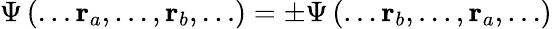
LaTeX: \Psi\left(\ldots\mathbf{r}_{a},\ldots,\mathbf{r}_{b},\ldots\right)=\pm\Psi\left(\ldots\mathbf{r}_{b},\ldots,\mathbf{r}_{a},\ldots\right)